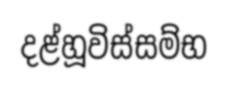
දළ්හූවිස්සම්භ